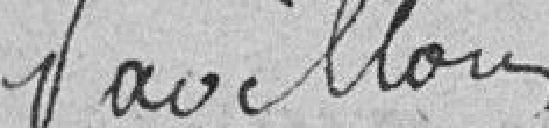
Pavillon